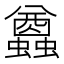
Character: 𧔭